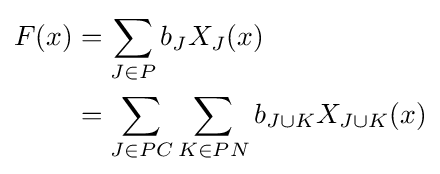
{\begin{aligned}F(x)&=\sum _{J\in P}b_{J}X_{J}(x)\\&=\sum _{J\in PC}\sum _{K\in PN}b_{J\cup K}X_{J\cup K}(x)\end{aligned}}